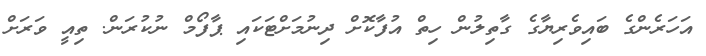
އަހަރެންގެ ބައިވެރިޔާގެ ގާތިލުން ހިތް އުފާކޮށް ދިނުމަށްޓަކައި ޕާފޯމް ނުކުރަން. ތިއީ ވަރަށް